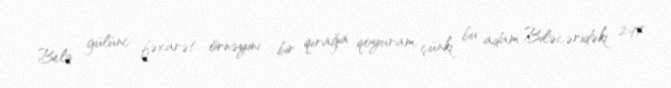
Belə gülünc fəxarət örnəyini bir qırağa qoyuram, çünki bu adam Biləcəridəki 297